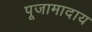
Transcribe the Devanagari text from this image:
पूजामादाय